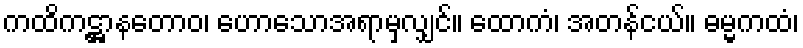
ကထိကဋ္ဌာနတောဝ၊ ဟောသောအရာမှလျှင်။ ထောကံ၊ အတန်ငယ်။ ဓမ္မကထံ၊